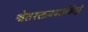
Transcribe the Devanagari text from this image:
श्वेतरक्तप्रभाभिन्नं